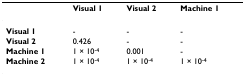
|  | Visual 1 | Visual 2 | Machine 1 |
 | --- | --- | --- | --- |
 | Visual 1 | - | - | - |
 | Visual 2 | 0.426 | - | - |
 | Machine 1 | 1 × 10-4 | 0.001 | - |
 | Machine 2 | 1 × 10-4 | 1 × 10-4 | 1 × 10-4 |